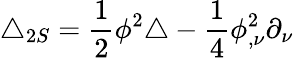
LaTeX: \triangle_{2S}=\frac{1}{2}\phi^{2}\triangle-\frac{1}{4}\phi_{,\nu}^{2}\partial_{\nu}